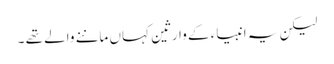
لیکن یہ انبیاء کے وارثین کہاں ماننے والے تھے ۔